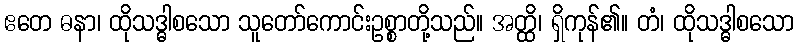
ဧတေ ဓနာ၊ ထိုသဒ္ဓါစသော သူတော်ကောင်းဥစ္စာတို့သည်။ အတ္ထိ၊ ရှိကုန်၏။ တံ၊ ထိုသဒ္ဓါစသော